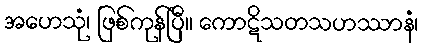
အဟေသုံ၊ ဖြစ်ကုန်ပြီ။ ကောဋိသတသဟဿာနံ၊